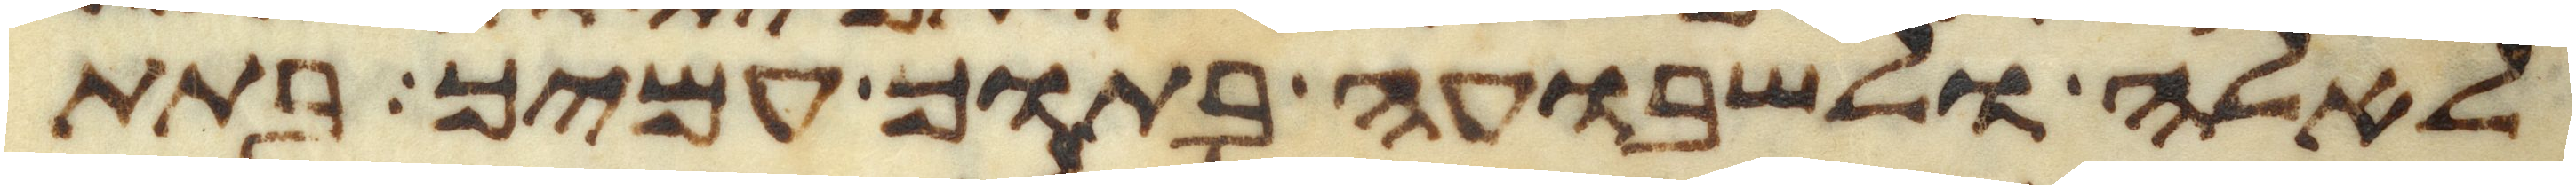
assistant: לאלה ולשבועה בתוך עמיך בתת